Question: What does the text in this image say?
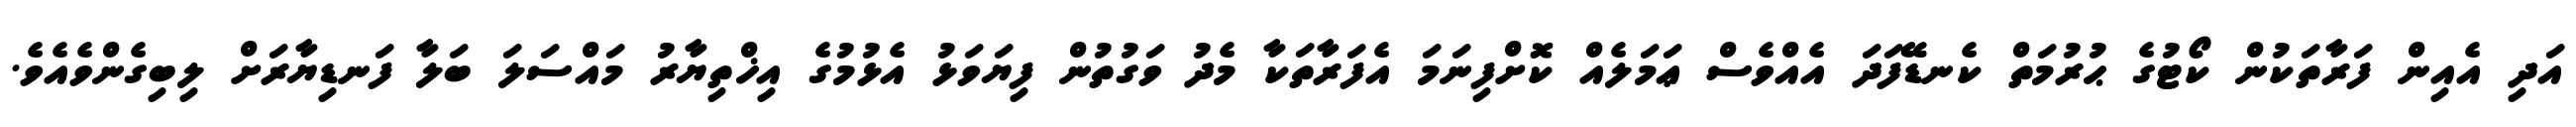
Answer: އަދި އެއިން ފަރާތަކުން ކޯޓުގެ ޙުރުމަތް ކެނޑޭފަދަ އެއްވެސް ޢަމަލެއް ކޮށްފިނަމަ އެފަރާތަކާ މެދު ވަގުތުން ފިޔަވަޅު އެޅުމުގެ އިޚްތިޔާރު މައްސަލަ ބަލާ ފަނޑިޔާރަށް ލިބިގެންވެއެވެ.